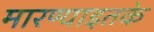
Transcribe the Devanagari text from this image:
मारण्याइतके